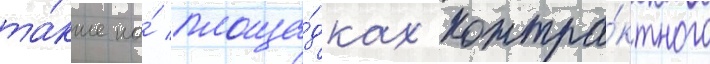
та́кже на́ площа́дках контра́ктного